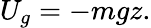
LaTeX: U_{g}=-mgz.